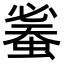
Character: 𧍦